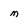
Character: M